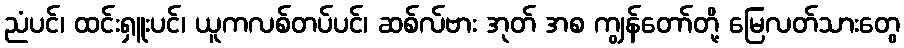
ညံပင်၊ ထင်းရှူးပင်၊ ယူကလစ်တပ်ပင်၊ ဆစ်လ်ဗား အုတ် အစ ကျွန်တော်တို့ မြေလတ်သားတွေ